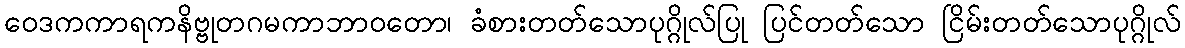
ဝေဒကကာရကနိဗ္ဗုတဂမကာဘာဝတော၊ ခံစားတတ်သောပုဂ္ဂိုလ်ပြု ပြင်တတ်သော ငြိမ်းတတ်သောပုဂ္ဂိုလ်